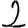
Digit: 2